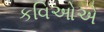
કવિઓએ